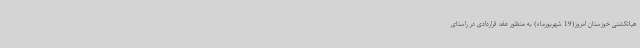
هیاتکشتی خوزستان امروز(19 شهریورماه) به منظور عقد قراردادی در راستای